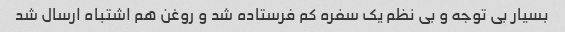
بسیار بی توجه و بی نظم یک سفره کم فرستاده شد و روغن هم اشتباه ارسال شد